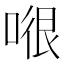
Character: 𭉂